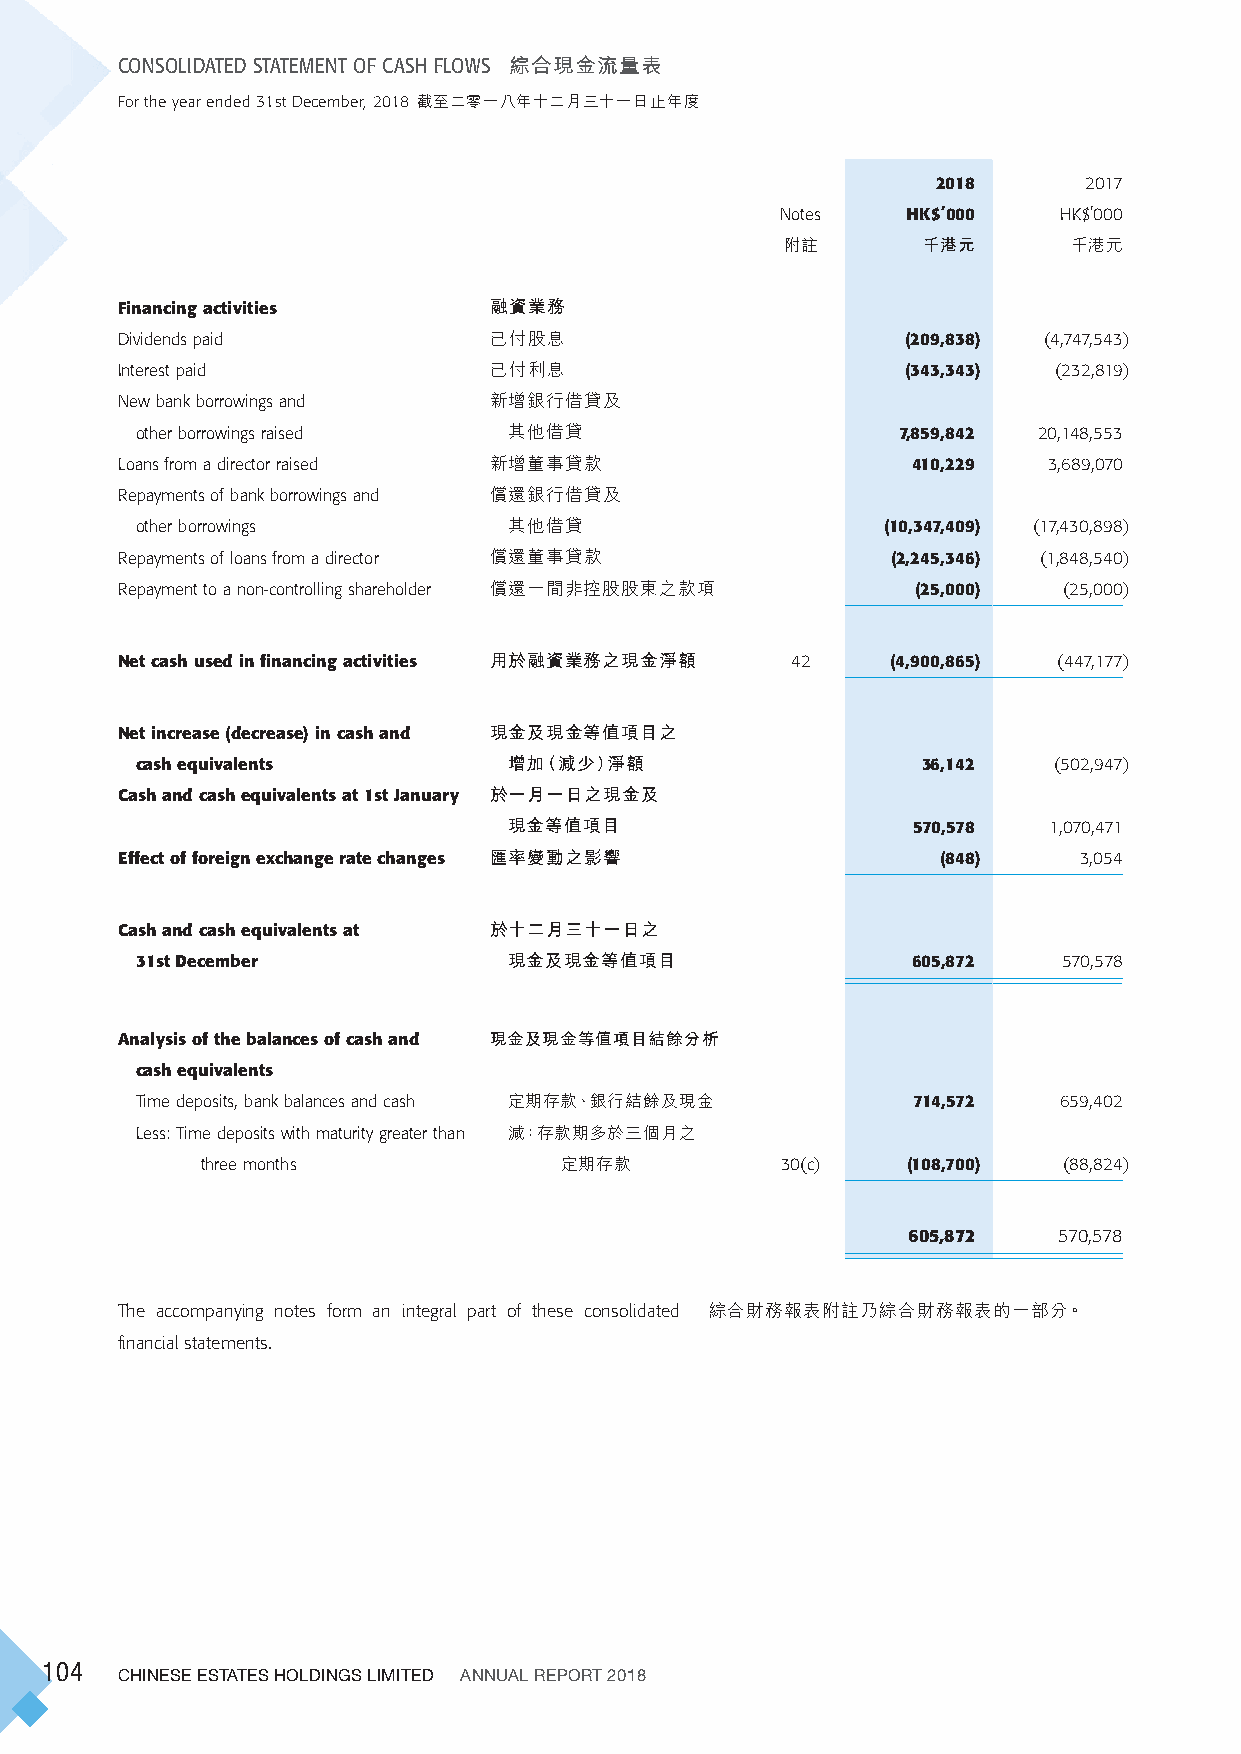
CONSOLIDATED STATEMENT OF CASH FLOWS 綜合現金流量表
 For the year ended 31st December, 2018 截至二零一八年十二月三十一日止年度
 2018      2017
 Notes   HK$’000   HK$’000
 附註       千港元       千港元
 Financing activities    融資業務
 Dividends paid          已付股息                        (209,838) (4,747,543)
 Interest paid           已付利息                        (343,343) (232,819)
 New bank borrowings and 新增銀行借貸及
 other borrowings raised  其他借貸                     7,859,842 20,148,553
 Loans from a director raised 新增董事貸款                 410,229  3,689,070
 Repayments of bank borrowings and 償還銀行借貸及
 other borrowings         其他借貸                    (10,347,409) (17,430,898)
 Repayments of loans from a director 償還董事貸款         (2,245,346) (1,848,540)
 Repayment to a non-controlling shareholder 償還一間非控股股東之款項 (25,000) (25,000)
 Net cash used in financing activities 用於融資業務之現金淨額 42 (4,900,865) (447,177)
 Net increase (decrease) in cash and 現金及現金等值項目之
 cash equivalents         增加（減少）淨額                   36,142   (502,947)
 Cash and cash equivalents at 1st January 於一月一日之現金及
 現金等值項目                    570,578  1,070,471
 Effect of foreign exchange rate changes 匯率變動之影響       (848)    3,054
 Cash and cash equivalents at 於十二月三十一日之
 31st December            現金及現金等值項目                 605,872   570,578
 Analysis of the balances of cash and 現金及現金等值項目結餘分析
 cash equivalents
 Time deposits, bank balances and cash 定期存款、銀行結餘及現金 714,572   659,402
 Less: Time deposits with maturity greater than 減：存款期多於三個月之
 three months            定期存款           30(c)   (108,700) (88,824)
 605,872   570,578
 The accompanying notes form an integral part of these consolidated 綜合財務報表附註乃綜合財務報表的一部分。
 financial statements.
 104
 CHINESE ESTATES HOLDINGS LIMITED ANNUAL REPORT 2018